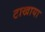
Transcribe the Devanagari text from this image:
टाखाया